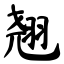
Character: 翘